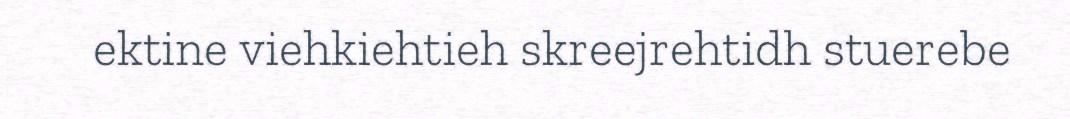
ektine viehkiehtieh skreejrehtidh stuerebe